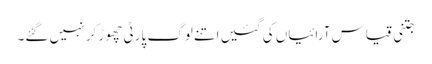
جتنی قیاس آرائیاں کی گئیں اتنے لوگ پارٹی چھوڑ کر نہیں گئے۔